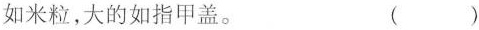
如米粒，大的如指甲盖。 ()